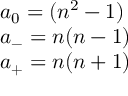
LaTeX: \begin{array} { l c r } { { a _ { 0 } = ( { n ^ { 2 } } - 1 ) } } \\ { { a _ { - } = n ( n - 1 ) } } \\ { { a _ { + } = n ( n + 1 ) } } \end{array}